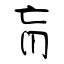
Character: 肓